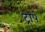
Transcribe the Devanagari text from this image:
ट्राप